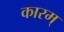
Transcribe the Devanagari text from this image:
कारम्